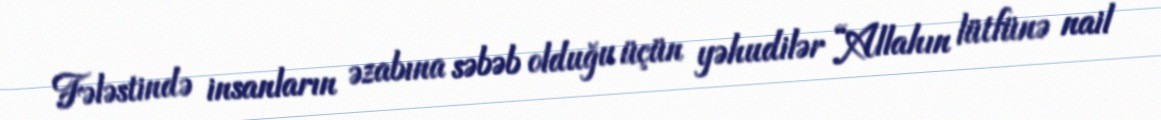
Fələstində insanların əzabına səbəb olduğu üçün yəhudilər “Allahın lütfünə nail